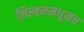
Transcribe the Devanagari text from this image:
लिस्बनमधूनच